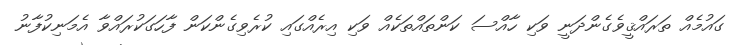
ގައުމެއް ތަރައްޤީވެގެންދަނީ ވަކި ހާއްސަ ކަންތައްތަކެއް ވަކި އިރެއްގައި ކުރެވިގެންކަން ފާހަގަކުރައްވާ އެމަނިކުފާނު